65_HS1-834228961_62-HQ-83894_Section_8
Agency: FBI
Page 67
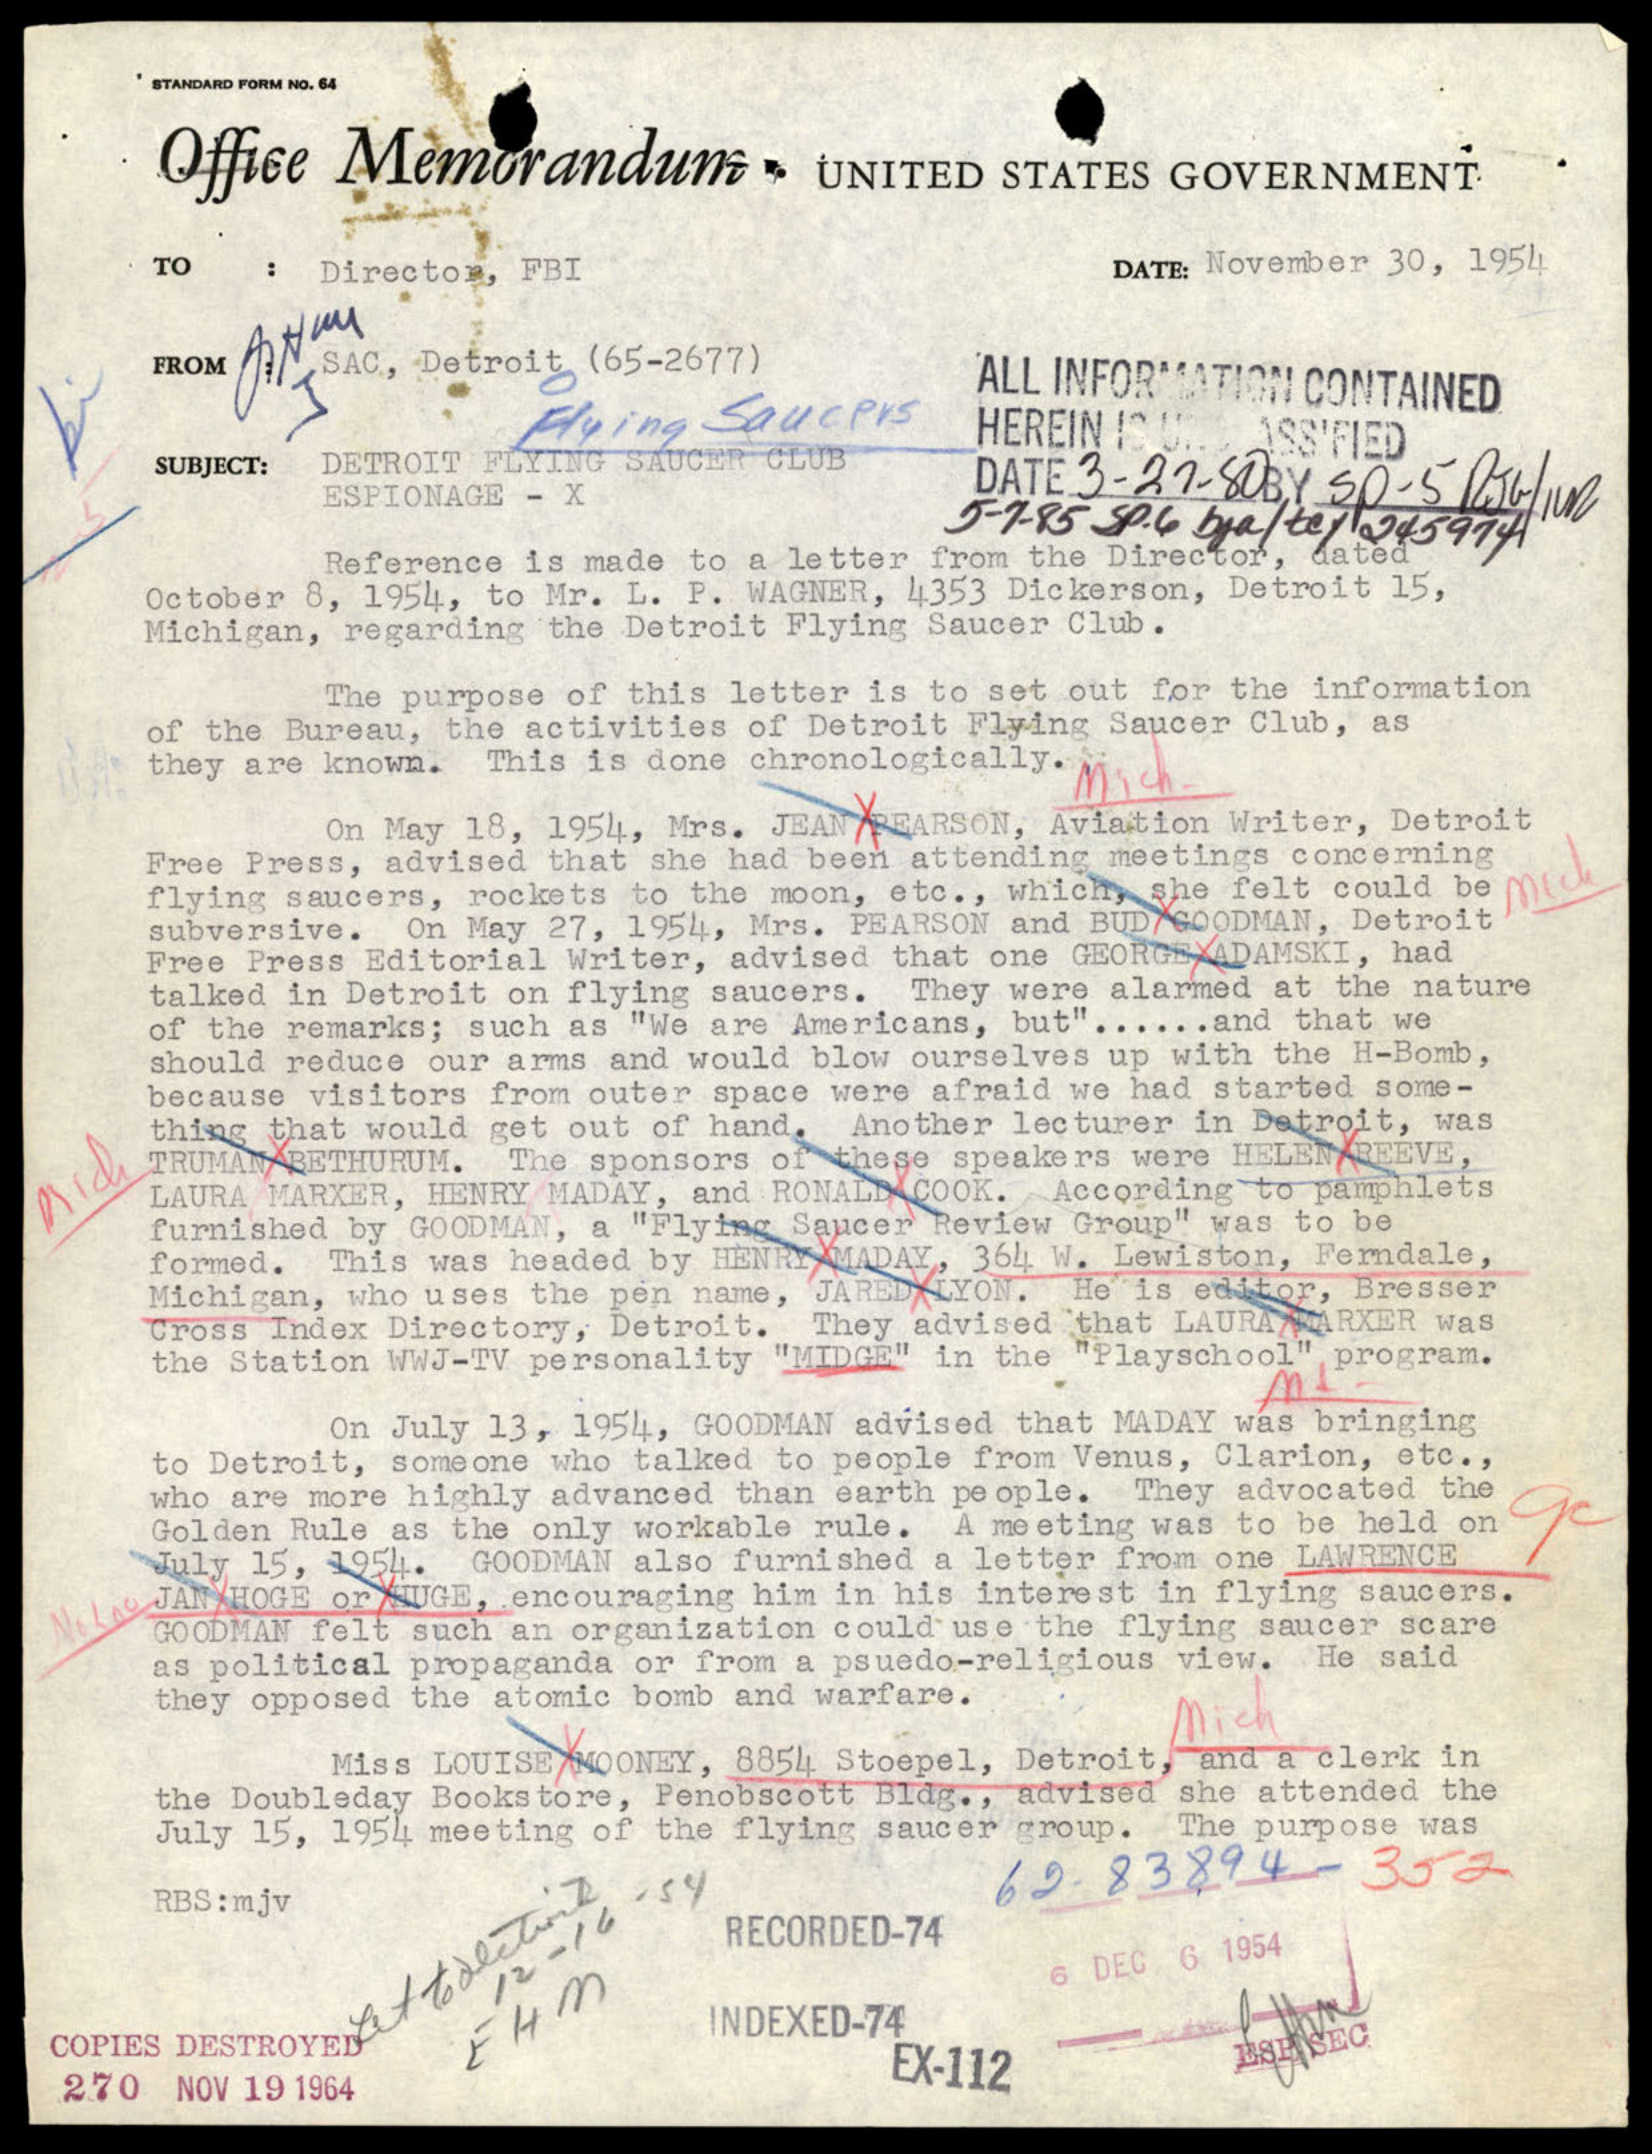